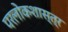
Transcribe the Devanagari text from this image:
परलोकशास्त्र